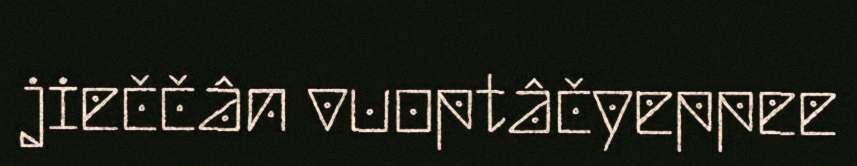
jieččân vuoptâčyeppee